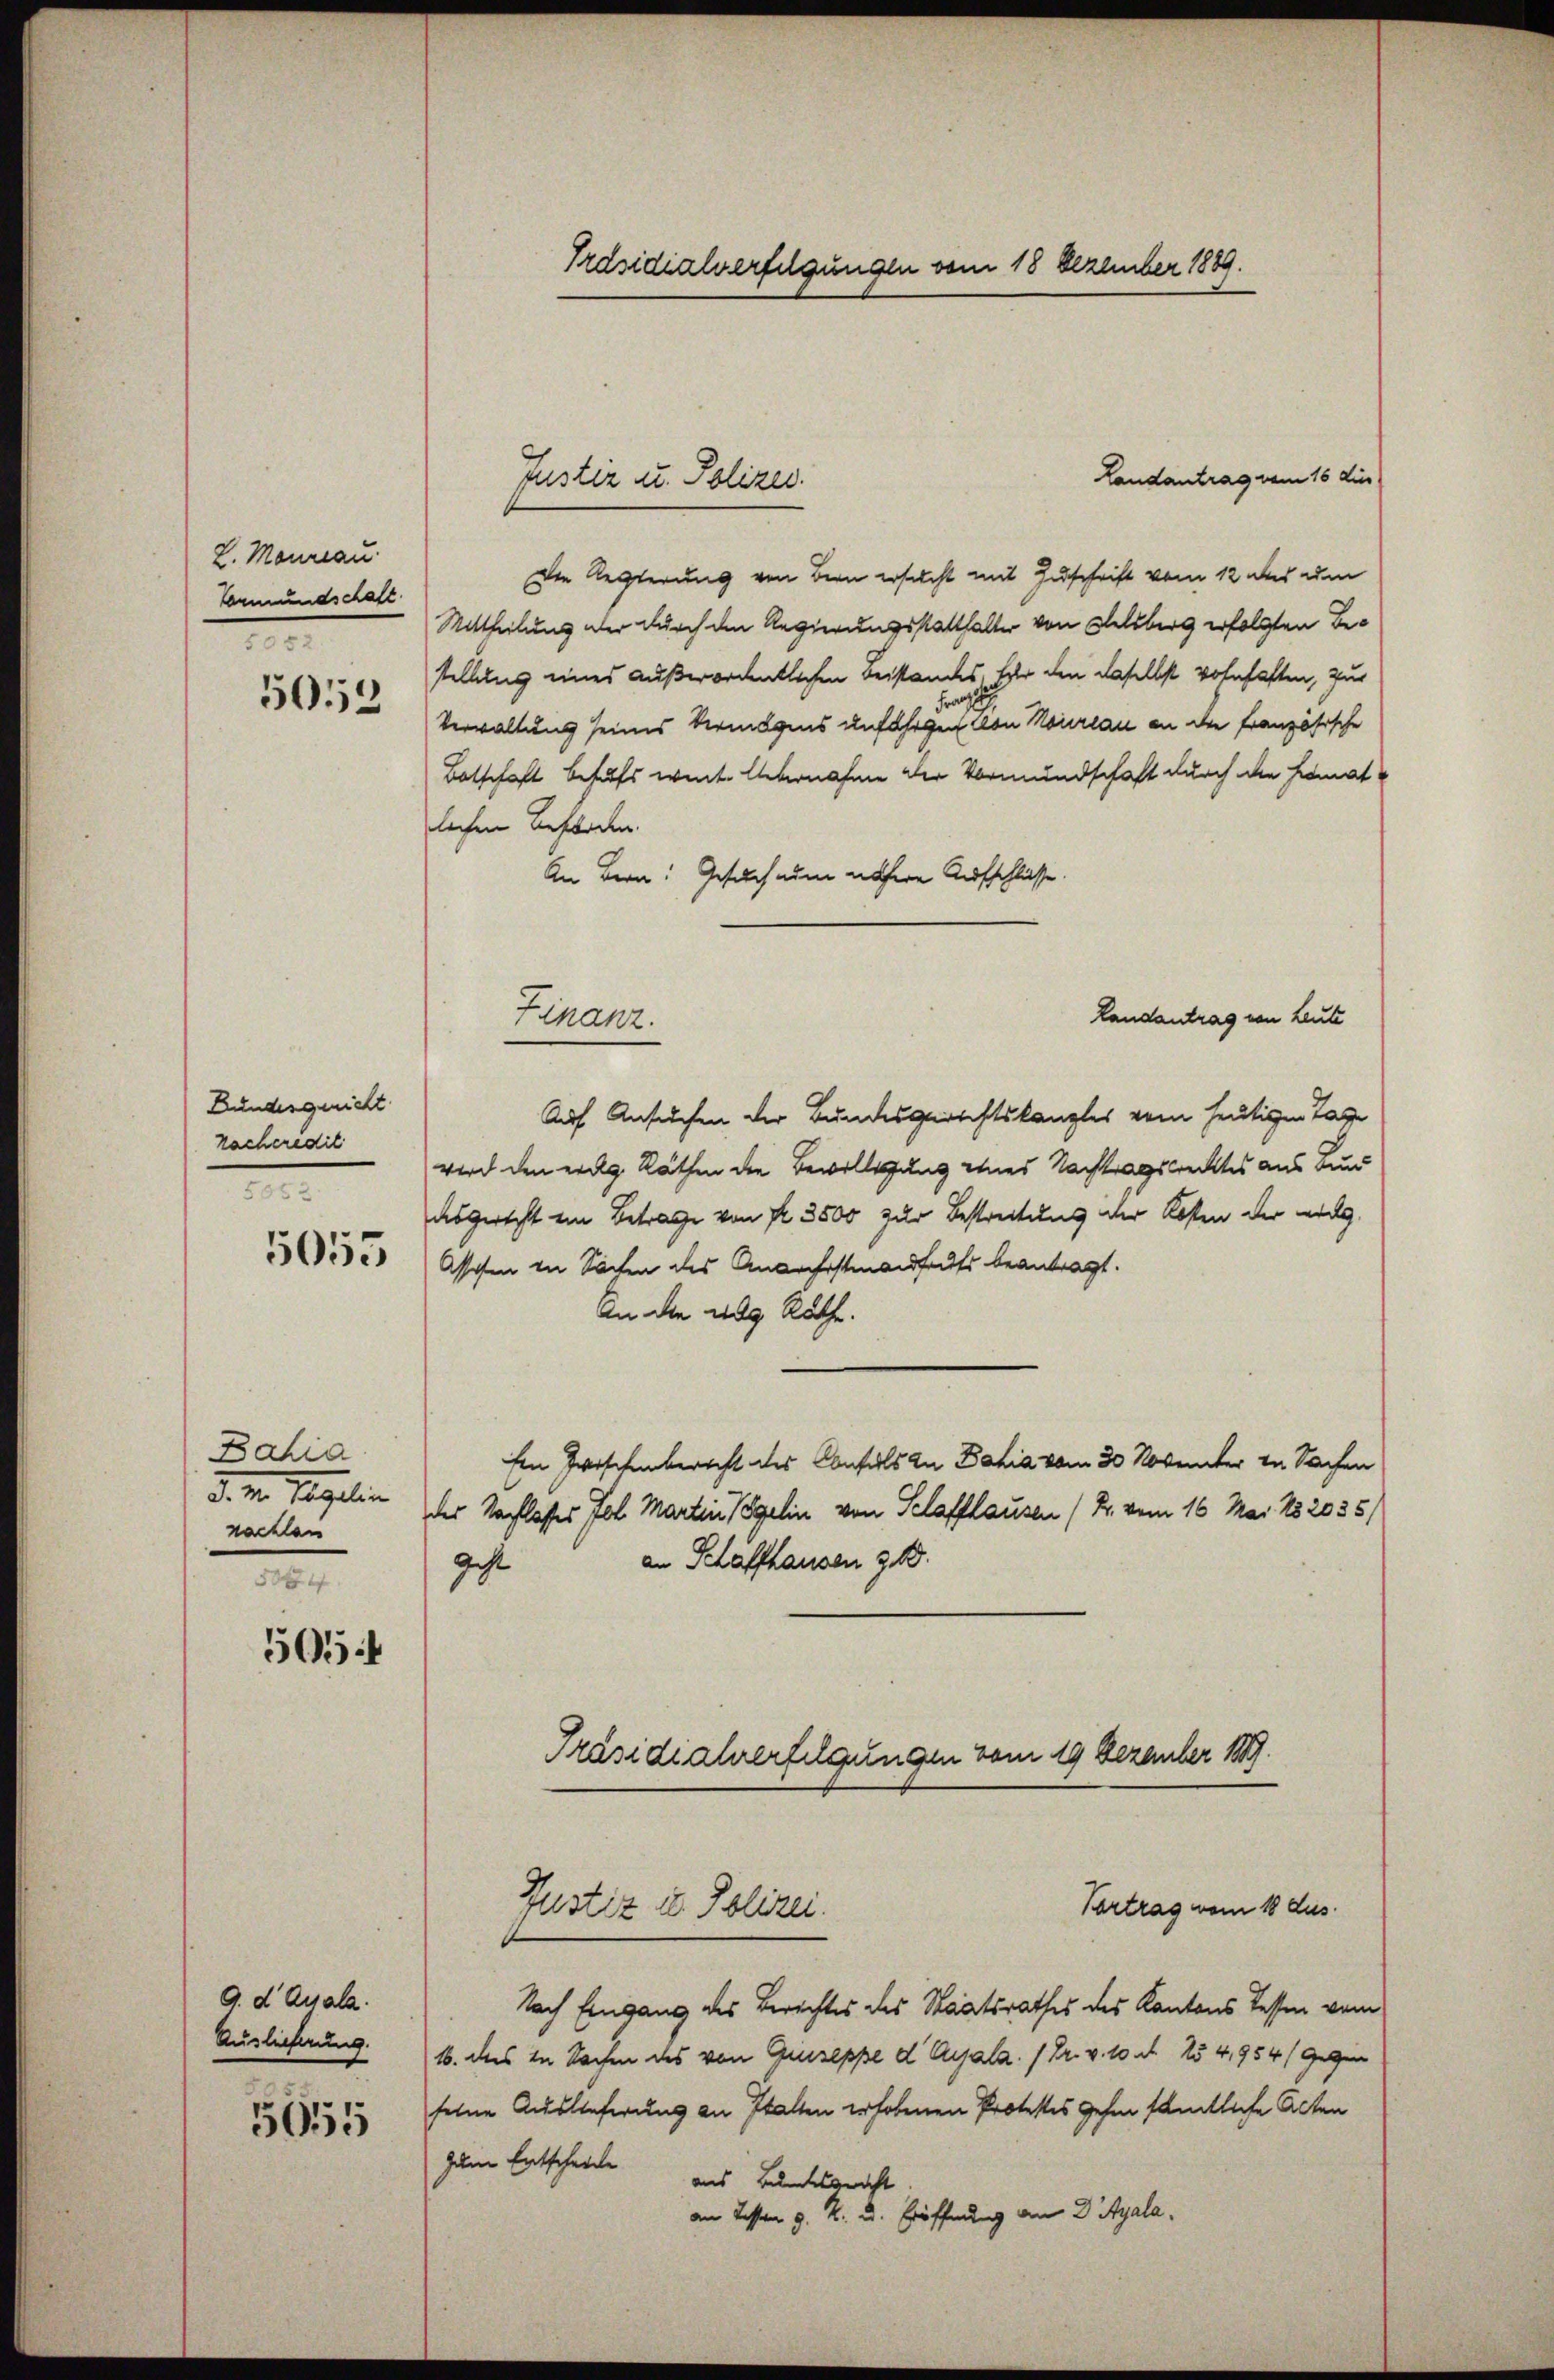
L. Maureau.
Vormundschaft
n
5053

Bundesgericht
racheredit
5853.

5053

Bahia
d. M. Regelin
nachten
5084

505

9.d Quala.
Auslieferung.

5655

Präsidialverfolgungen vom 18 Dezember 1889.

Landantrag vom 16 die
Die Regierung von Bern ersucht mit Zuschrift vom 12 des um
Mittheilung der durch den Regierungsstatthalter von Felsberg erfolgten Bestellung eines außerordentlichen Beistandes, Er den daselbst vohnhaften, zur
Verwaltung seines Vermögens unfähigen von Neureau an die Französische
Botschaft behufs weite Übernahme der Vormundschaft durch die Heimatlichen Beförden.
An Bern: Gesuch nun nähere Aufschlüsse.
Landantrag von Leute
Auf Ansuchen der Bundesgerichtskanzles vom heutigen Tage
wird den eidg. Räthen die Bewilligung eines Nachtragsrecktes aus Kuns
desgericht ein Betrage von fr. 3500 zur Bestreitung der Kosten der eidg
Assesen in Sachen des Anarchstandhaufs beantragt.
An die das Räthe.
Ein Zwischenbericht des Confels in Bahia vom 30 November in Sachen
des Nachlasses fol. Marten Vögelin von Pelaffhausen (R. vom 16. Mai 182035/
an Schaffhausen 318.
Geht
Präsidialverfügungen vom 19 Dezember 1889.

Justiz u. Polizei.

Finanz.

Vortrag vom 18 dus.
Justiz u. Polizei.

Nach Eingang des Berechtes des Staatsrathes des Kantons Tessen vom
16. des in Sachen des von Giuseppe d Ayala. / Dr. v. 10. 154,954/ Gegen
seine Auslieferung an Statten erhobenen Protestos gehen sämtliche Acten
zum Entscheide
aus Bundesgericht
am Tessen d. R. u. Eröffnung an 2 Ayala.